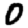
Digit: 0